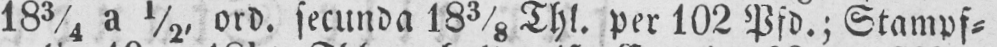
183/4 a ½, ord. secunda 183/8 Thl. per 102 Pfd.; Stampf⸗